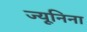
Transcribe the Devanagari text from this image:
ज्यूनिना